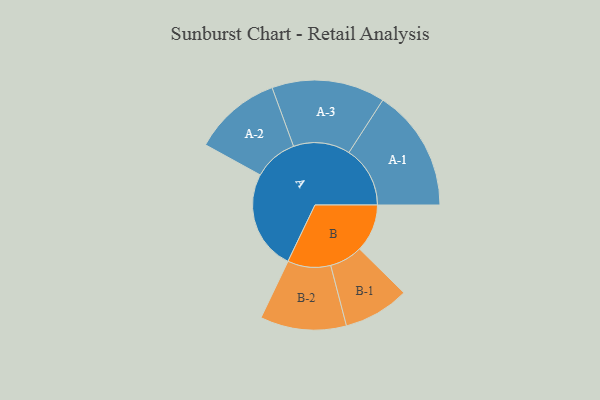
{"axis": {"x": "Segment", "y": "Value"}, "legend": ["", "A", "B"], "data": [{"x": "A", "y": 424, "type": ""}, {"x": "B", "y": 203, "type": ""}, {"x": "A-1", "y": 260, "type": "A"}, {"x": "A-2", "y": 187, "type": "A"}, {"x": "A-3", "y": 241, "type": "A"}, {"x": "B-1", "y": 140, "type": "B"}, {"x": "B-2", "y": 183, "type": "B"}]}